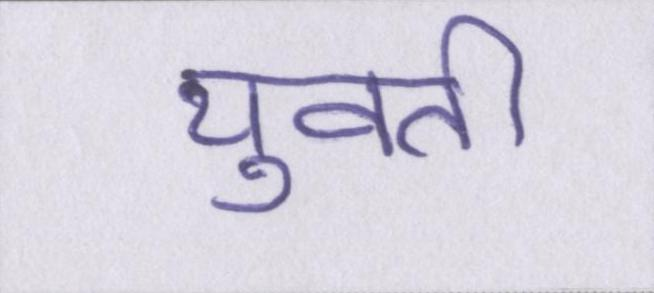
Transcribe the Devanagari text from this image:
युवती